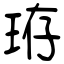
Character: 珔